Report on the working of the Ranchi Indian Mental Hospital, Kanke, in Bihar and Orissa - 1930-1940
Year: 1930
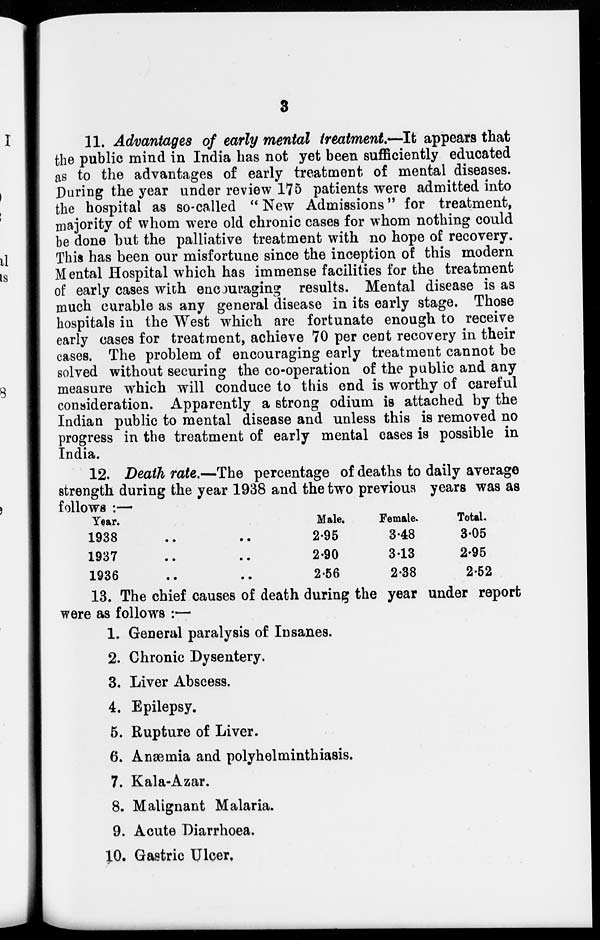
3
11. Advantages of early mental treatment—It appears that
the public mind in India has not yet been sufficiently educated
as to the advantages of early treatment of mental diseases.
During the year under review 175 patients were admitted into
the hospital as so-called " New Admissions" for treatment,
majority of whom were old chronic cases for whom nothing could
be done but the palliative treatment with no hope of recovery.
This has been our misfortune since the inception of this modern
Mental Hospital which has immense facilities for the treatment
of early cases with encouraging results. Mental disease is as
much curable as any general disease in its early stage. Those
hospitals in the West which are fortunate enough to receive
early cases for treatment, achieve 70 per cent recovery in their
cases. The problem of encouraging early treatment cannot be
solved without securing the co-operation of the public and any
measure which will conduce to this end is worthy of careful
consideration. Apparently a strong odium is attached by the
Indian public to mental disease and unless this is removed no
progress in the treatment of early mental cases is possible in
India.
12. Death rate.—The percentage of deaths to daily average
strength during the year 1938 and the two previous years was as
follows :—
Year.
1938
..
..
1937
..
..
1936
..
..
Male.
2.95
2.90
2.56
Female.
3.48
3.13
2.38
Total.
3.05
2.95
2.52
13. The chief causes of death during the year under report
were as follows :—
1. General paralysis of Insanes.
2. Chronic Dysentery.
3. Liver Abscess.
4. Epilepsy.
5. Rupture of Liver.
6. Anæmia and polyhelminthiasis.
7. Kala-Azar.
8. Malignant Malaria.
9. Acute Diarrhoea.
10. Gastric Ulcer,